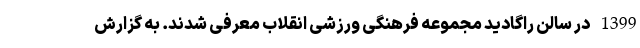
1399 در سالن راگادید مجموعه فرهنگی ورزشی انقلاب معرفی شدند. به گزارش